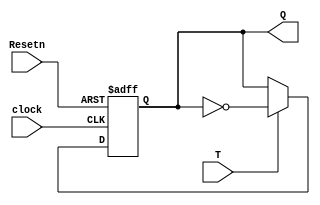
module tff(T,clock,Resetn,Q);
input T,clock,Resetn;
output reg Q;
always @ (negedge clock or negedge Resetn)
begin
if(!Resetn)
	Q <= 0;
else
	if(T)
		Q <= ~Q;
	else
		Q <= Q;
end
endmodule